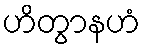
ဟိတွာနဟံ